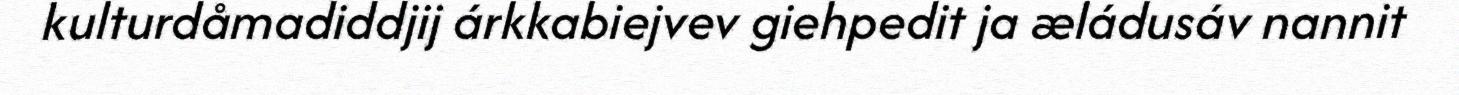
kulturdåmadiddjij árkkabiejvev giehpedit ja æládusáv nannit